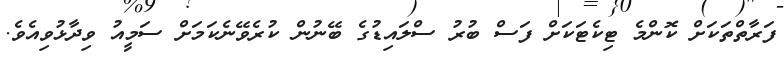
ފަރާތްތަކަށް ކޮންމެ ޓިކެޓަކަށް ފަސް ބުރު ސްލައިޑުގެ ބޭނުން ކުރެވޭނެކަމަށް ސަމީއު ވިދާޅުވިއެވެ.